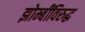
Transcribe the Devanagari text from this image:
झोम्बींविरुद्ध